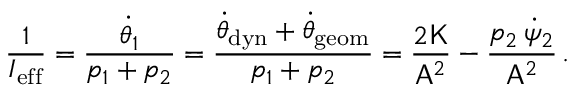
\frac { 1 } { I _ { \mathrm { e f f } } } = \frac { \dot { \theta } _ { 1 } } { p _ { 1 } + p _ { 2 } } = \frac { \dot { \theta } _ { \mathrm { d y n } } + \dot { \theta } _ { \mathrm { g e o m } } } { p _ { 1 } + p _ { 2 } } = \frac { 2 \mathsf { K } } { \mathsf { A } ^ { 2 } } - \frac { p _ { 2 } \, \dot { \psi } _ { 2 } } { \mathsf { A } ^ { 2 } } \, .